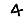
Digit: 4